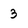
Character: 3